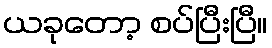
ယခုတော့ စပ်ပြီးပြီ။